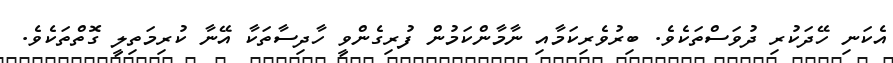
އެކަނި ހޭދަކުރި ދުވަސްތަކެވެ. ބިރުވެރިކަމާއި ނާމާންކަމުން ފުރިގެންވީ ހާދިސާތަކާ އޭނާ ކުރިމަތިލީ ގޮތްތަކެވެ.